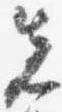
先